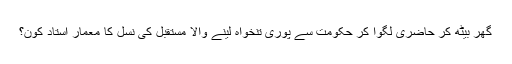
گھر بیٹھ کر حاضری لگوا کر حکومت سے پوری تنخواہ لینے والا مستقبل کی نسل کا معمار استاد کون؟